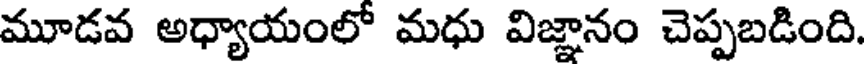
మూడవ అధ్యాయంలో మధు విజ్ఞానం చెప్పబడింది.